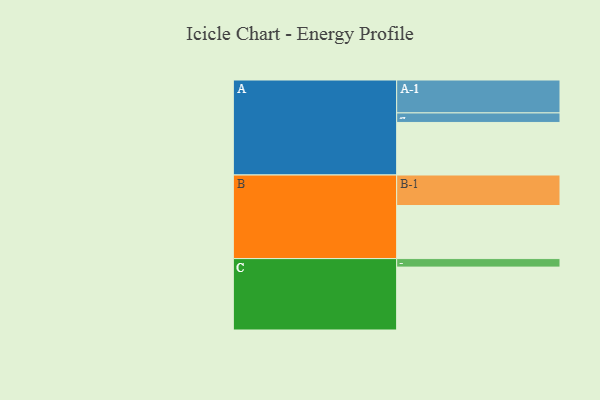
{"axis": {"x": "Segment", "y": "Value"}, "legend": ["", "A", "B", "C"], "data": [{"x": "A", "y": 396, "type": ""}, {"x": "B", "y": 400, "type": ""}, {"x": "C", "y": 474, "type": ""}, {"x": "A-1", "y": 248, "type": "A"}, {"x": "A-2", "y": 72, "type": "A"}, {"x": "B-1", "y": 230, "type": "B"}, {"x": "C-1", "y": 64, "type": "C"}]}